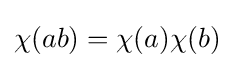
\chi (ab)=\chi (a)\chi (b)